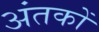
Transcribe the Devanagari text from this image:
अंतकों